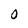
Character: 0